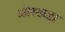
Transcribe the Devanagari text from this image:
ओरखडा